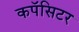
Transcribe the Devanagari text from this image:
कपॅसिटर